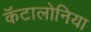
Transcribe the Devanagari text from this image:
कॅटालोनिया